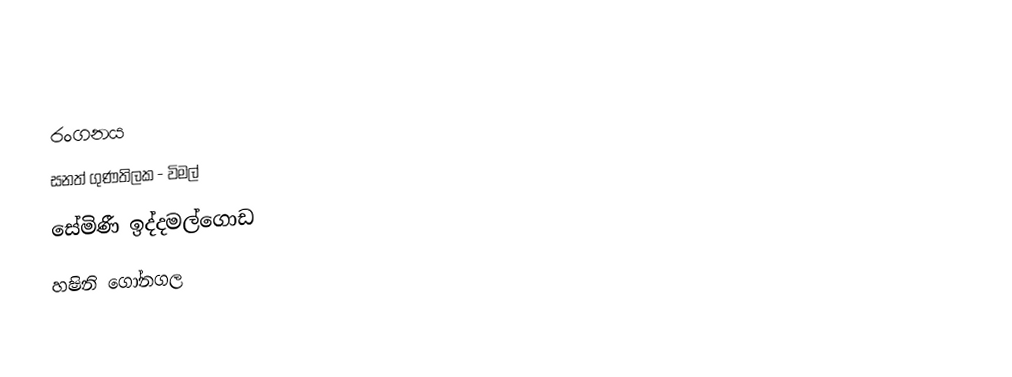

රංගනය
සනත් ගුණතිලක - විමල්
සේමිණී ඉද්දමල්ගොඩ
හෂිනි ගෝනගල